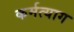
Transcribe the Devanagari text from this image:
कर्मत्याग